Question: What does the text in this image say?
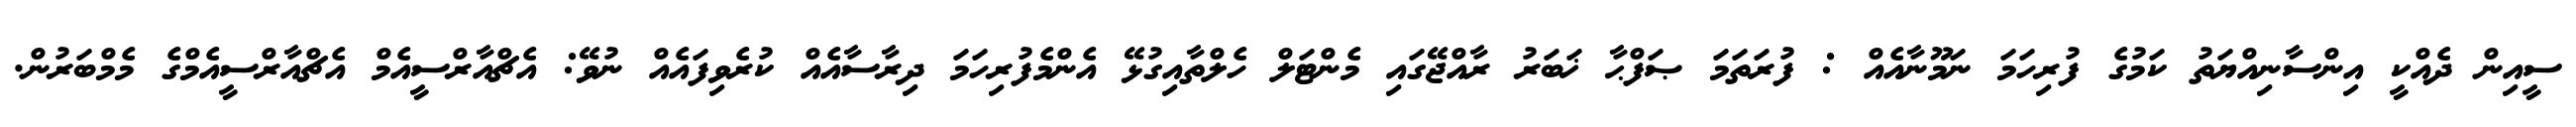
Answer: ސީއިން ދެއްކީ އިންސާނިއްޔަތު ކަމުގެ ފުރިހަމަ ނަމޫނާއެއް : ފުރަތަމަ ޞަފްޙާ ޚަބަރު ރާއްޖޭގައި މެންޓަލް ހެލްތާއިގުޅޭ އެންމެފުރިހަމަ ދިރާސާއެއް ކުރެވިފައެއް ނުވޭ: އެޗްއާރްސީއެމް އެޗްއާރްސީއެމްގެ މެމްބަރުން.